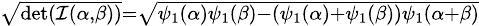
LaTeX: \scriptstyle{\sqrt{\operatorname*{det}({\mathcal{I}}(\alpha,\beta))}}={\sqrt{\psi_{1}(\alpha)\psi_{1}(\beta)-(\psi_{1}(\alpha)+\psi_{1}(\beta))\psi_{1}(\alpha+\beta)}}